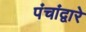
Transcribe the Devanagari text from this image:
पंचांद्वारे